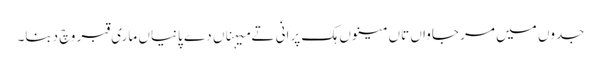
جدوں میں مر جاواں تاں مینوں ہک پرانی تے میہناں دے پانیاں ماری قبر وچ دبنا۔